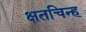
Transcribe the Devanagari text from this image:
क्षतचिन्ह